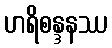
ဟရိစန္ဒနဿ